Report of the Municipal Commissioner on the plague in Bombay for the year ending 31st May... - Volume 3
Disease focus: Plague
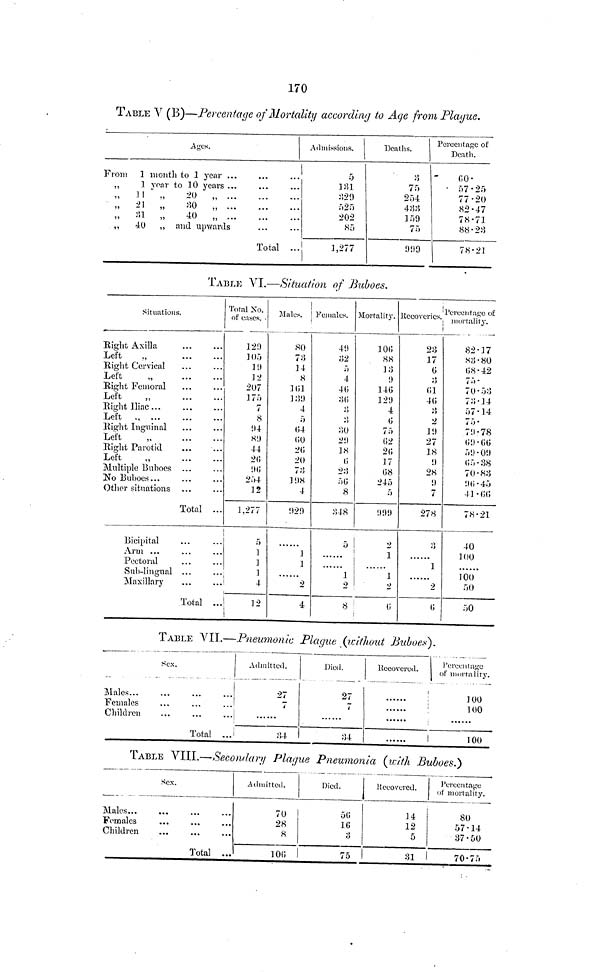
170
TABLE V (B)—Percentage of Mortality according to Age from Plague.
Ages.
From 1 month to 1 year ...
,, 1 year to 10 years...
„
11
„
20
„
„
21 „
30
„
,,
81 ,,
40
,, ...
,,
40 ,, and upwards
Total ...
Admissions.
5
131
525
202
85
1,277
Deaths.
8
75
254
433
159
75
!)í)9
Percentage of
Death.
60.
57.25
77.20
82.47
78.71
88.28
78.21
TABLE VI.—Situation of Buboes.
Situations.
Eight Axilla
Left
.,
Right Cervical
Left
„
Right Femoral
Left
„
Right Iliac ...
Left
Right Inguinal
Left
„
Right Parotid
Left
.,
Multiple Buboes ...
No Buboes...
Other situations
Total ...
Bicipital
Arm ...
Pectoral
Sub-lingual ...
Maxillary
Total ...
Total No.
of cases,
129
105
19
12
207
175
7
8
94
89
44
20
96
254
12
1,277
5
1
1
1
4
12
Males.
80
73
14
8
161
139
4
5
(¡4
<; o
26
20
73
198
4
929
1
1
2
4
Females.
49
32
5
4
40
80
3
80
29
18
0
23
56
8
848
5
1
2
8
Mortality.
106
88
13
9
146
129
4
0
75
02
20
17
08
245
5
999
2
1
1
2
6
Recoveries.
23
17
0
3
01
40
8
2
19
27
18
9
28
9
7
278
3
1
2
6
Percentage of
mortality.
82.17
83.80
68.42
75.
70.53
73.14
57.14
75.
79.78
69.66
59.09
65.38
70.83
96.45
41.66
78.21
40
100
100
50
50
TABLE VII.—Pneumonic Plague (without Buboes).
Sex.
Males...
Females
Children
Total ...
Admitted.
27
7
84
Died.
27
7
84
Recovered.
Percentage
of mortality.
100
100
100
TABLE VIII.—Secondary Plague Pneumonia (with Buboes.)
Sex.
Males
Females
Children
Total ...
Admitted.
70
28
8
106
Died.
50
16
8
75
Recovered.
14
12
5
31
Percentage
of mortality.
80
57.14
37.50
70.75